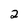
Character: 2